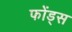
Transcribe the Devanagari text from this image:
फोंड्स